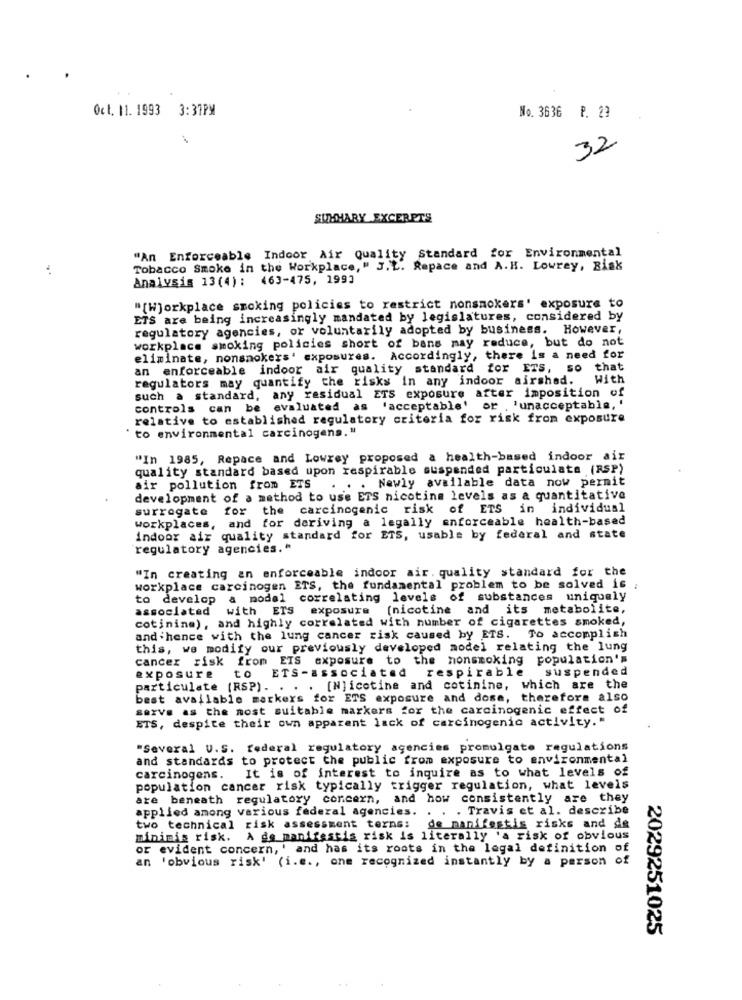
Oct. 11. 1993 3:37PM
No. 3636 P. 23
32
SUMMARY EXCERPTS
"An Enforceable Indoor Air Quality Standard for Environmental
Tobacco Smoke in the Workplace, " J. L. Repace and A.H. Lowrey, Bisk
Analysis 13(4): 463-475, 199]
"[W]orkplace smoking policies to restrict nonsmokers' exposure to
ETS are being increasingly mandated by legislatures, considered by
regulatory agencies, or voluntarily adopted by business. However,
workplace smoking policies short of bans may reduce, but do not
eliminate, nonsmokers' exposures. Accordingly, there is a need for
an enforceable indoor air quality standard for ETS, so that
regulators may quantify the risks in any indoor airshed.
With
such a standard, any residual ETS exposure after imposition of
controls can be evaluated as 'acceptable' or , 'unacceptable, '
relative to established regulatory criteria for risk from exposure
" to environmental carcinogens. "
"In 1985, Repace and Lowrey proposed a health-based indoor air
quality standard based upon respirable suspended particulata (RSP)
. Newly available data now permit
air pollution from ETS
development of a method to use ETS nicotina levels as a quantitative
surrogate for the carcinogenic risk of ETS in individual
workplaces, and for deriving a legally enforceable health-based
indoor air quality standard for ETS, usable by federal and state
regulatory agencies."
"In creating an enforceable indoor air. quality standard for the
workplace carcinogen ETS, the fundamental problem to be solved is
to develop a model correlating levels of substances uniquely
associated with ETS exposure (nicotine and its metabolite,
cotinina), and highly correlated with number of cigarettes smoked,
and hence with the lung cancer risk caused by ETS. To accomplish
this, we modify our previously developed model relating the lung
cancer risk from ETS exposure to the honsmoking population's
exposure to ETS-associated respirable
suspended
particulate (RSP). . . . [N] icotine and cotinine, which are the
best available markers for ETS exposure and dose, therefore also
serve as the most suitable markers for the carcinogenic effect of
ETS, despite their own apparent lack of carcinogenic activity."
"Several U.S. federal regulatory agencies promulgate regulations
and standards to protect the public from exposure to environmental
It is of interest to inquire as to what levels of
carcinogens.
population cancer risk typically trigger regulation, what levels
are beneath regulatory concern, and how consistently are they
applied among various federal agencies. . . . Travis et al. describe
two technical risk assessment terns:
de manifestis risks and de
minimis risk. A de manifestis risk is literally 'a risk of obvious
or evident concern, ' and has its roots in the legal definition of
an 'obvious risk' (i.e ., one recognized instantly by a person of
2029251025